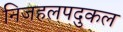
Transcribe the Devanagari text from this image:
निजहलपदुकल